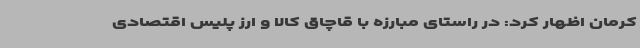
کرمان اظهار کرد: در راستای مبارزه با قاچاق کالا و ارز پلیس اقتصادی